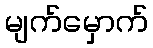
မျက်မှောက်